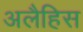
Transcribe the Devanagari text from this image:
अलैहिस